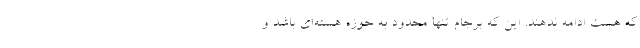
که هست ادامه ندهند. این که برجام تنها محدود به حوزه هسته‌ای باشد و